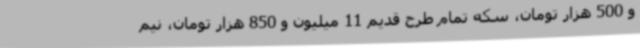
و 500 هزار تومان، سکه تمام طرح قدیم 11 میلیون و 850 هزار تومان، نیم